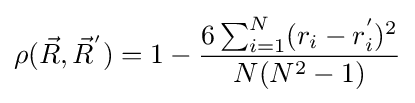
\rho ({\vec {R}},{\vec {R}}^{'})=1-{6\sum _{i=1}^{N}(r_{i}-r_{i}^{'})^{2} \over N(N^{2}-1)}